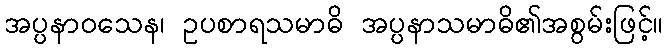
အပ္ပနာဝသေန၊ ဥပစာရသမာဓိ အပ္ပနာသမာဓိ၏အစွမ်းဖြင့်။